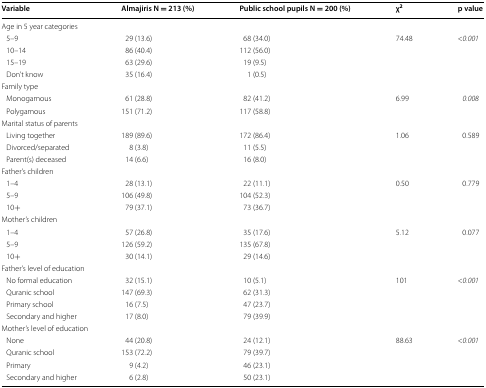
<table><thead><tr><td><b>Variable</b></td><td><b>Almajiris N = 213 (%)</b></td><td><b>Public school pupils N = 200 (%)</b></td><td><b>χ<sup>2</sup></b></td><td><b>p value</b></td></tr></thead><tbody><tr><td colspan="5">Age in 5 year categories</td></tr><tr><td> 5–9</td><td>29 (13.6)</td><td>68 (34.0)</td><td rowspan="4">74.48</td><td rowspan="4">&lt;<i>0.001</i></td></tr><tr><td> 10–14</td><td>86 (40.4)</td><td>112 (56.0)</td></tr><tr><td> 15–19</td><td>63 (29.6)</td><td>19 (9.5)</td></tr><tr><td> Don’t know</td><td>35 (16.4)</td><td>1 (0.5)</td></tr><tr><td colspan="5">Family type</td></tr><tr><td> Monogamous</td><td>61 (28.8)</td><td>82 (41.2)</td><td rowspan="2">6.99</td><td rowspan="2"><i>0.008</i></td></tr><tr><td> Polygamous</td><td>151 (71.2)</td><td>117 (58.8)</td></tr><tr><td colspan="5">Marital status of parents</td></tr><tr><td> Living together</td><td>189 (89.6)</td><td>172 (86.4)</td><td rowspan="3">1.06</td><td rowspan="3">0.589</td></tr><tr><td> Divorced/separated</td><td>8 (3.8)</td><td>11 (5.5)</td></tr><tr><td> Parent(s) deceased</td><td>14 (6.6)</td><td>16 (8.0)</td></tr><tr><td colspan="5">Father’s children</td></tr><tr><td> 1–4</td><td>28 (13.1)</td><td>22 (11.1)</td><td rowspan="3">0.50</td><td rowspan="3">0.779</td></tr><tr><td> 5–9</td><td>106 (49.8)</td><td>104 (52.3)</td></tr><tr><td> 10+</td><td>79 (37.1)</td><td>73 (36.7)</td></tr><tr><td colspan="5">Mother’s children</td></tr><tr><td> 1–4</td><td>57 (26.8)</td><td>35 (17.6)</td><td rowspan="3">5.12</td><td rowspan="3">0.077</td></tr><tr><td> 5–9</td><td>126 (59.2)</td><td>135 (67.8)</td></tr><tr><td> 10+</td><td>30 (14.1)</td><td>29 (14.6)</td></tr><tr><td colspan="5">Father’s level of education</td></tr><tr><td> No formal education</td><td>32 (15.1)</td><td>10 (5.1)</td><td rowspan="4">101</td><td rowspan="4">&lt;<i>0.001</i></td></tr><tr><td> Quranic school</td><td>147 (69.3)</td><td>62 (31.3)</td></tr><tr><td> Primary school</td><td>16 (7.5)</td><td>47 (23.7)</td></tr><tr><td> Secondary and higher</td><td>17 (8.0)</td><td>79 (39.9)</td></tr><tr><td colspan="5">Mother’s level of education</td></tr><tr><td> None</td><td>44 (20.8)</td><td>24 (12.1)</td><td rowspan="3">88.63</td><td rowspan="3">&lt;<i>0.001</i></td></tr><tr><td> Quranic school</td><td>153 (72.2)</td><td>79 (39.7)</td></tr><tr><td> Primary</td><td>9 (4.2)</td><td>46 (23.1)</td></tr><tr><td> Secondary and higher</td><td>6 (2.8)</td><td>50 (23.1)</td><td></td><td></td></tr></tbody></table>